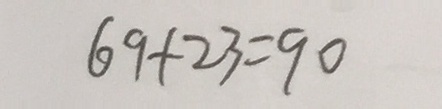
6 9 + 2 3 = 9 0